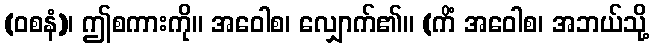
(ဝစနံ)၊ ဤစကားကို။ အဝေါစ၊ လျှောက်၏။ (ကိံ အဝေါစ၊ အဘယ်သို့